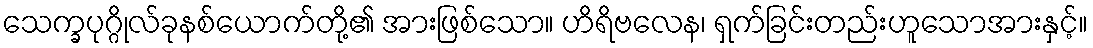
သေက္ခပုဂ္ဂိုလ်ခုနစ်ယောက်တို့၏ အားဖြစ်သော။ ဟိရိဗလေန၊ ရှက်ခြင်းတည်းဟူသောအားနှင့်။